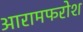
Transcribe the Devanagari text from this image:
आरामफरोश